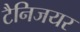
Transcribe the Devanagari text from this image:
टैनिजयर